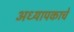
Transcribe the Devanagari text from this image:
अध्यापकाचे